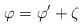
LaTeX: \begin{align*} \varphi = \varphi' + \zeta\end{align*}